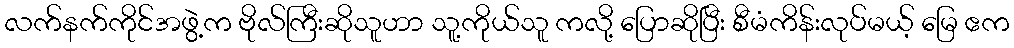
လက်နက်ကိုင်အဖွဲ့က ဗိုလ်ကြီးဆိုသူဟာ သူ့ကိုယ်သူ ကလို့ ပြောဆိုပြီး စီမံကိန်းလုပ်မယ့် မြေ ဧက